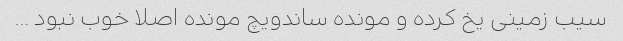
سیب زمینی یخ کرده و مونده ساندویچ مونده اصلا خوب نبود …